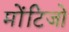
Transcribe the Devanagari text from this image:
मोंटिजो